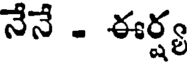
నేనే - ఈర్ష్య